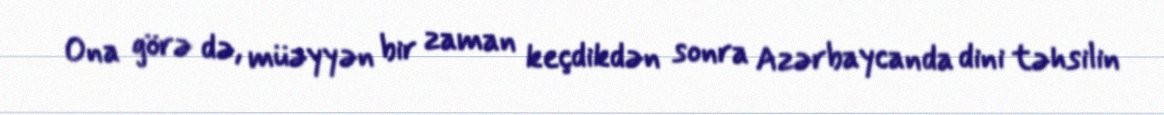
Ona görə də, müəyyən bir zaman keçdikdən sonra Azərbaycanda dini təhsilin